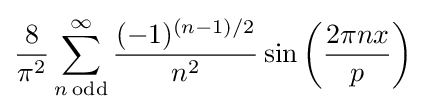
{\frac {8}{\pi ^{2}}}\sum _{n\,\mathrm {odd} }^{\infty }{\frac {(-1)^{(n-1)/2}}{n^{2}}}\sin \left({\frac {2\pi nx}{p}}\right)